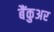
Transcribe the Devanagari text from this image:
बैंकुअर